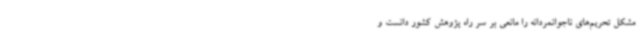
مشکل تحریم‌های ناجوانمردانه را مانعی بر سر راه پژوهش کشور دانست و